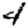
Digit: 4